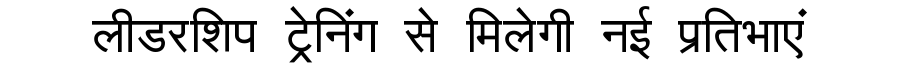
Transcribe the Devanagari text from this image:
लीडरशिप ट्रेनिंग से मिलेगी नई प्रतिभाएं